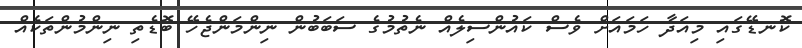
ކޮނޑޭގައި މިއަދާ ހަމައަށް ވެސް ކައުންސިލެއް ނެތުމުގެ ސަބަބުން ނިންމަންޖެހޭ ބޮޑެތި ނިންމުންތަކެއް